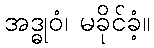
အဒ္ဓုဝံ၊ မခိုင်ခံ့။